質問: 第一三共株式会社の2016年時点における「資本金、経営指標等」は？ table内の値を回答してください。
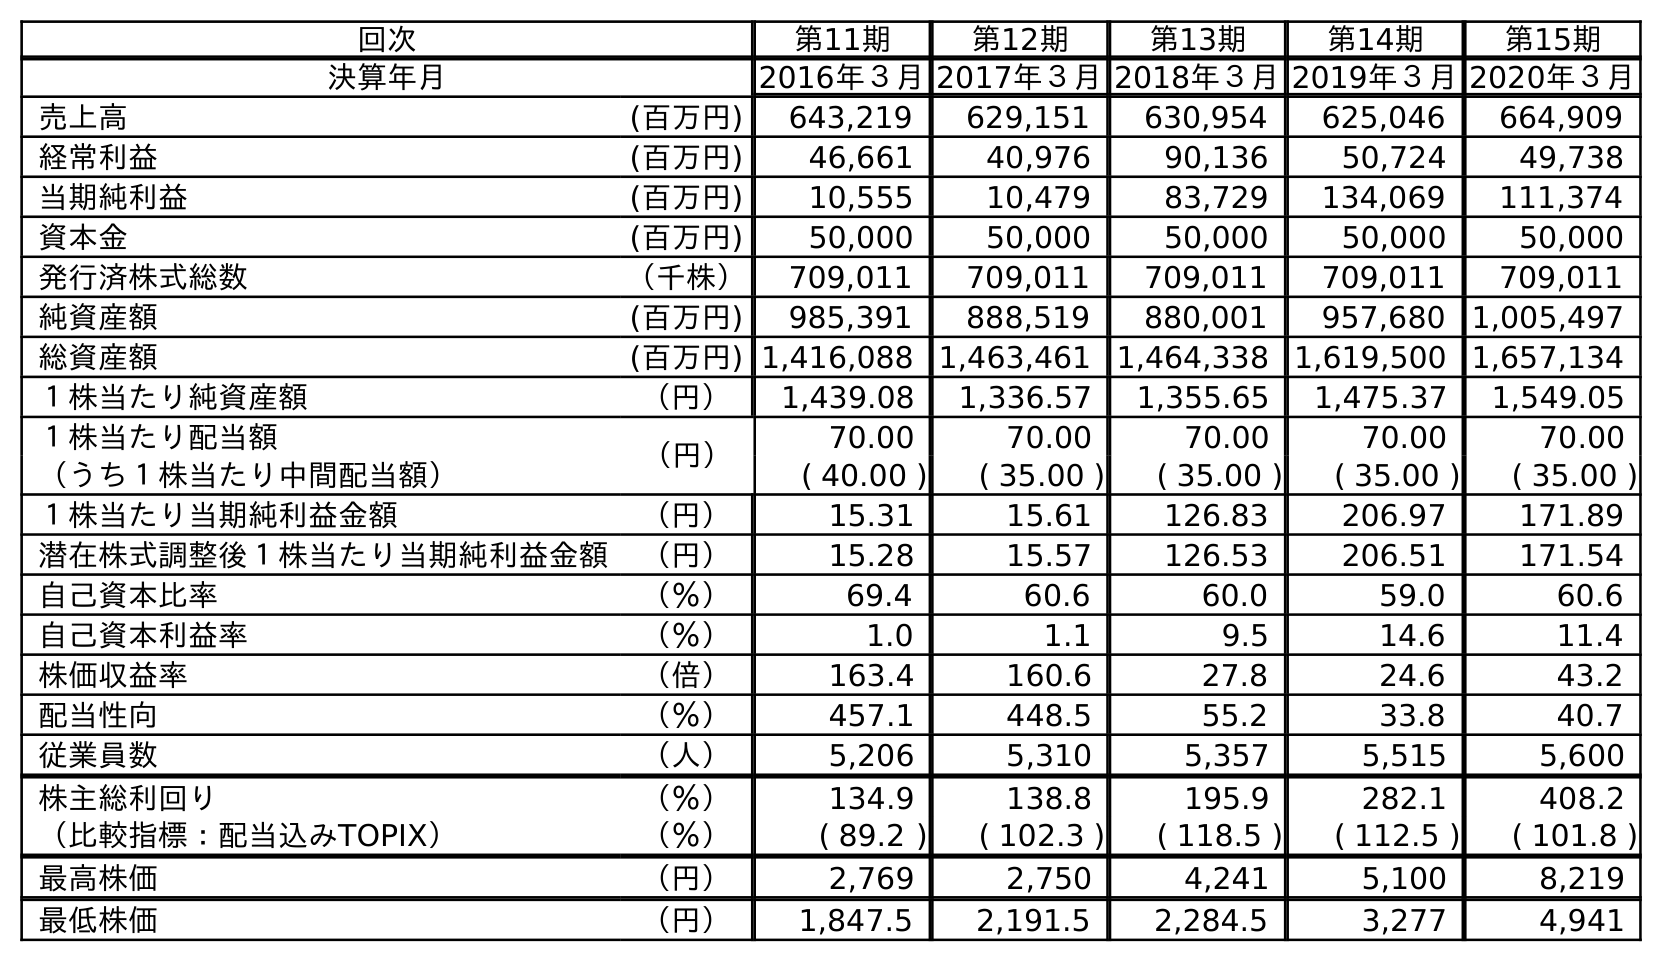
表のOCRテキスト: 回次 第11期 第12期 第13期 第14期 第15期 決算年月 2016年３月2017年３月2018年３月2019年３月2020年３月 売上高 (百万円) 643,219 629,151 630,954 625,046 664,909 経常利益 (百万円) 46,661 40,976 90,136 50,724 49,738 当期純利益 (百万円) 10,555 10,479 83,729 134,069 111,374 資本金 (百万円) 50,000 50,000 50,000 50,000 50,000 発行済株式総数 （千株） 709,011 709,011 709,011 709,011 709,011 純資産額 (百万円) 985,391 888,519 880,001 957,680 1,005,497 総資産額 (百万円) 1,416,088 1,463,461 1,464,338 1,619,500 1,657,134 １株当たり純資産額 （円） 1,439.08 1,336.57 1,355.65 1,475.37 1,549.05 １株当たり配当額 （円） 70.00 70.00 70.00 70.00 70.00 （うち１株当たり中間配当額） ( 40.00 ) ( 35.00 ) ( 35.00 ) ( 35.00 ) ( 35.00 ) １株当たり当期純利益金額 （円） 15.31 15.61 126.83 206.97 171.89 潜在株式調整後１株当たり当期純利益金額 （円） 15.28 15.57 126.53 206.51 171.54 自己資本比率 （％） 69.4 60.6 60.0 59.0 60.6 自己資本利益率 （％） 1.0 1.1 9.5 14.6 11.4 株価収益率 （倍） 163.4 160.6 27.8 24.6 43.2 配当性向 （％） 457.1 448.5 55.2 33.8 40.7 従業員数 （人） 5,206 5,310 5,357 5,515 5,600 株主総利回り （％） 134.9 138.8 195.9 282.1 408.2 （比較指標：配当込みTOPIX） （％） ( 89.2 ) ( 102.3 ) ( 118.5 ) ( 112.5 ) ( 101.8 ) 最高株価 （円） 2,769 2,750 4,241 5,100 8,219 最低株価 （円） 1,847.5 2,191.5 2,284.5 3,277 4,941
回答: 50,000